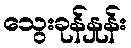
သွေးခုန်နှုန်း